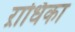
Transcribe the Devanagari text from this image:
ऱाधिका